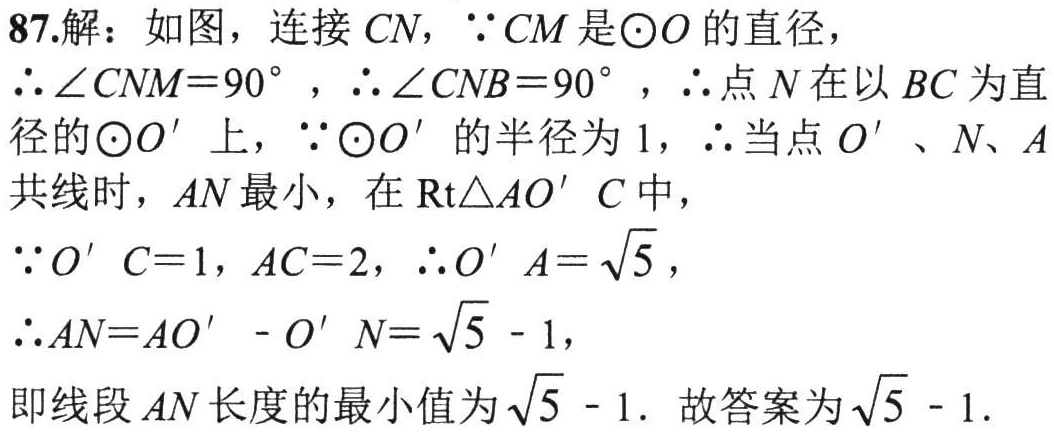
87.解：如图，连接 \(CN\)，\(\because CM\)是\(\odot O\)的直径，
\(\therefore \angle CNM = 90^{\circ}\)，\(\therefore \angle CNB = 90^{\circ}\)，\(\therefore\)点 \(N\)在以 \(BC\)为直径的\(\odot O'\)上，\(\because\odot O'\)的半径为 \(1\)，\(\therefore\)当点 \(O'\)、\(N\)、\(A\)共线时，\(AN\)最小，在 \(\text{Rt}\triangle AO'C\)中，
\(\because O'C = 1\)，\(AC = 2\)，\(\therefore O'A=\sqrt{5}\)，
\(\therefore AN = AO' - O'N=\sqrt{5}-1\)，
即线段 \(AN\)长度的最小值为\(\sqrt{5}-1\). 故答案为\(\sqrt{5}-1\).